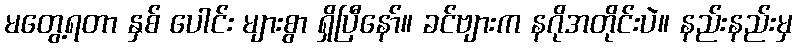
မတွေ့ရတာ နှစ် ပေါင်း များစွာ ရှိပြီနော်။ ခင်ဗျားက နဂိုအတိုင်းပဲ။ နည်းနည်းမှ